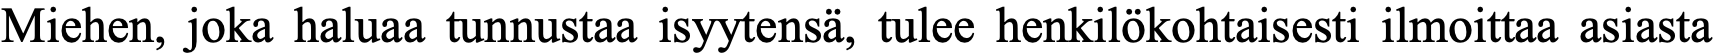
Miehen, joka haluaa tunnustaa isyytensä, tulee henkilökohtaisesti ilmoittaa asiasta